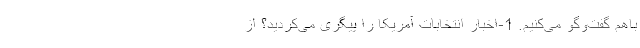
باهم گفت‌وگو می‌کنیم. 1-اخبار انتخابات آمریکا را پیگری می‌کردید؟ از